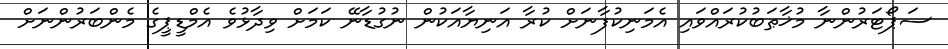
ސަޕޯޓަރުންނާ މުޚާޠަބުކުރައްވައި އެމަނިކުފާނަށް ކުރާ އަނިޔާއަކުން ނުގުޑާނޭ ކަމަށް ވިދާޅުވެ އެމްޑީޕީގެ މެންބަރުންނަށް